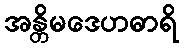
အန္တိမဒေဟဓာရိ